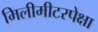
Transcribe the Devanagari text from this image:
मिलीमीटरपेक्षा